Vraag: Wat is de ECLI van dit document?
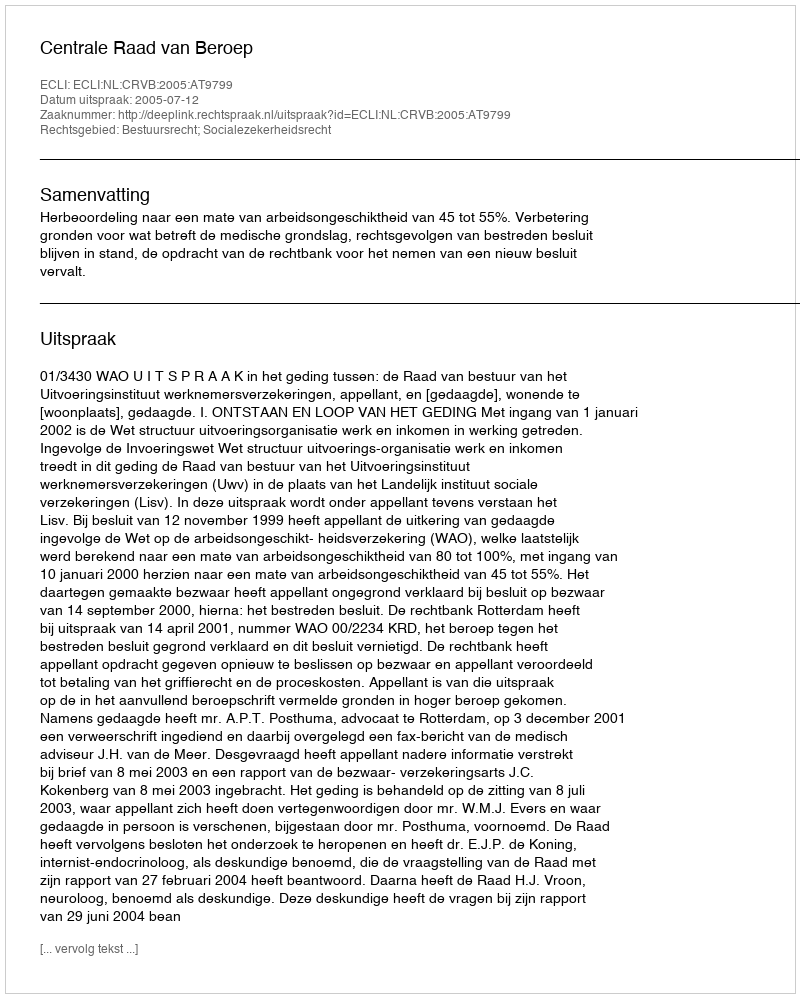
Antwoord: ECLI:NL:CRVB:2005:AT9799